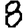
Digit: 8